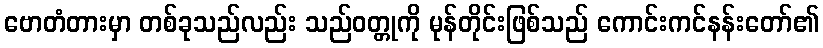
ဗောတံတားမှာ တစ်ခုသည်လည်း သည်ဝတ္တုကို မုန်တိုင်းဖြစ်သည် ကောင်းကင်နန်းတော်၏